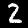
Label: 2